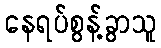
နေရပ်စွန့်ခွာသူ